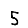
Digit: 5